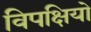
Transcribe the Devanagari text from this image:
विपक्षियो